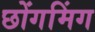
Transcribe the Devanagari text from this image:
छोंगमिंग